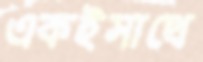
একইসাথে